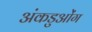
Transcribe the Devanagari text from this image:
अंकडुओंग